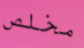
مخلص